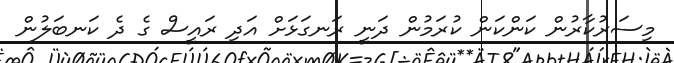
މިސަރުކާރުން ކަންކަން ކުރަމުން ދަނީ ރަނގަޅަށް އަދި ރައީސް ގެ ދެ ކަނބަލުން